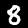
Label: 8